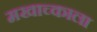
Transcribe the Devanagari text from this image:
मखाच्काला